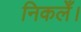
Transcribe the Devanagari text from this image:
निकलेँ।